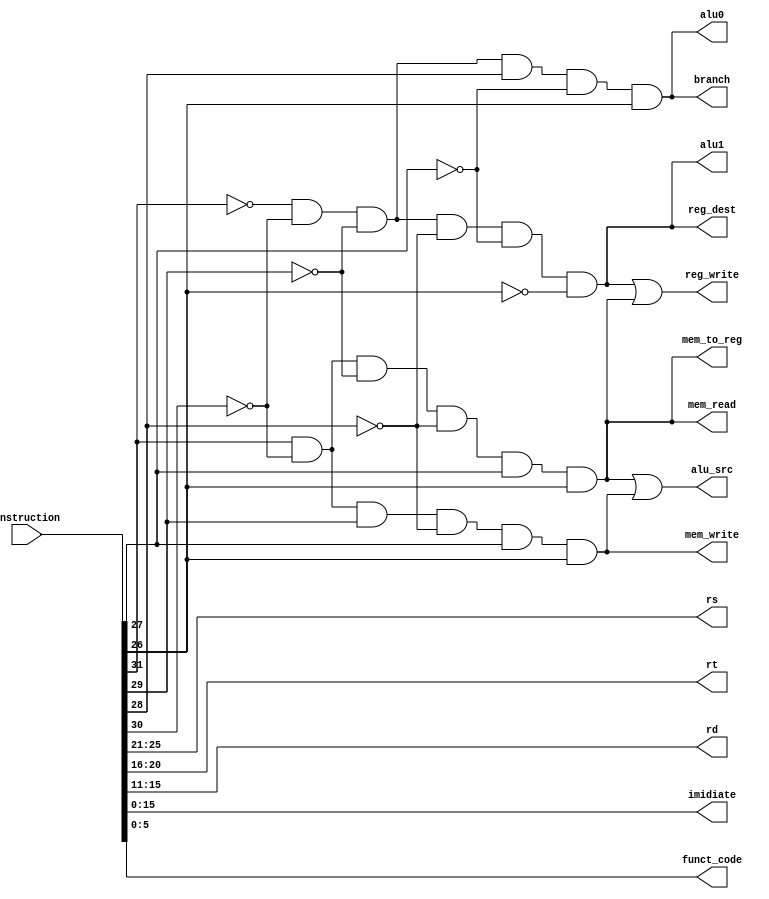
`timescale 1ns / 1ps
//////////////////////////////////////////////////////////////////////////////////
// Company: 
// Engineer: 
// 
// Design Name: 
// Module Name: Instruction_Decode
// Project Name: 
// Target Devices: 
// Tool Versions: 
// Description: 
// 
// Dependencies: 
// 
// Revision:
// Revision 0.01 - File Created
// Additional Comments:
// 
//////////////////////////////////////////////////////////////////////////////////


module Instruction_Decode(
input wire [31:0] instruction,
output reg reg_dest,
output reg alu_src,
output reg mem_to_reg,
output reg reg_write,
output reg mem_read,
output reg mem_write,
output reg branch,
output reg alu0,
output reg alu1,
output reg [4:0] rs,
output reg [4:0] rt,
output reg [4:0] rd,
output reg [15:0] imidiate,
output reg [5:0] funct_code
    );
    reg [5:0] opcode;
    always@(*)
        begin
            opcode[5:0] <= instruction[31:26];
            reg_dest <= (~opcode[5]) & (~opcode[4]) & (~opcode[3]) & (~opcode[2]) & (~opcode[1]) & (~opcode[0]);
            mem_read <= (opcode[5]) & (~opcode[4]) & (~opcode[3]) & (~opcode[2]) & (opcode[1]) & (opcode[0]);
            mem_write <= (opcode[5]) & (~opcode[4]) & (opcode[3]) & (~opcode[2]) & (opcode[1]) & (opcode[0]);
            branch <= (~opcode[5]) & (~opcode[4]) & (~opcode[3]) & (opcode[2]) & (~opcode[1]) & (opcode[0]);
            alu_src <= mem_read | mem_write;
            mem_to_reg <= mem_read;
            reg_write <= reg_dest | mem_read;
            alu1 <= reg_dest;
            alu0 <= branch;
            rs[4:0] <= instruction[25:21];
            rt[4:0] <= instruction[20:16];
            rd[4:0] <= instruction[15:11];
            imidiate[15:0] <= instruction[15:0];
            funct_code[5:0] <= instruction[5:0];
    end
endmodule